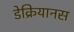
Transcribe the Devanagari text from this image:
डेक्रियानस